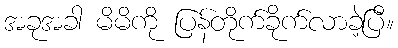
အခုအခါ မိမိကို ပြန်တိုက်ခိုက်လာခဲ့ပြီ။